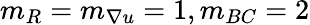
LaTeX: m_{R}=m_{\nabla u}=1,m_{BC}=2